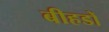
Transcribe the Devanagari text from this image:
बीहडों